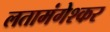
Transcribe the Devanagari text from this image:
लतामंगेश्कर